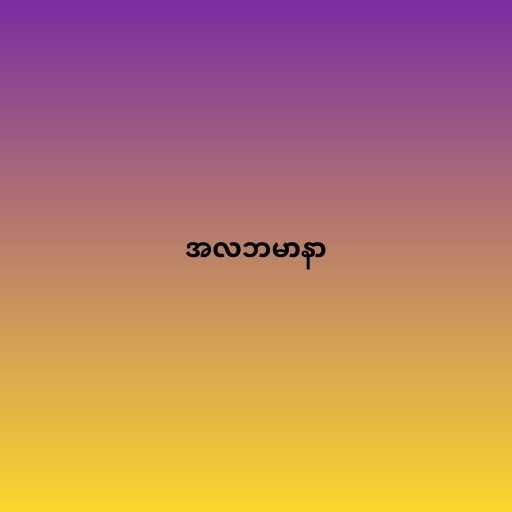
အလဘမာနာ